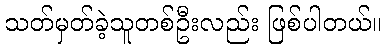
သတ်မှတ်ခဲ့သူတစ်ဦးလည်း ဖြစ်ပါတယ်။